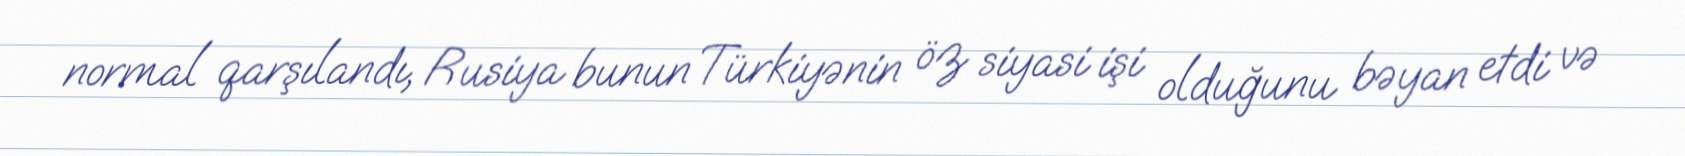
normal qarşılandı, Rusiya bunun Türkiyənin öz siyasi işi olduğunu bəyan etdi və